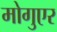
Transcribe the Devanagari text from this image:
मोगुएर